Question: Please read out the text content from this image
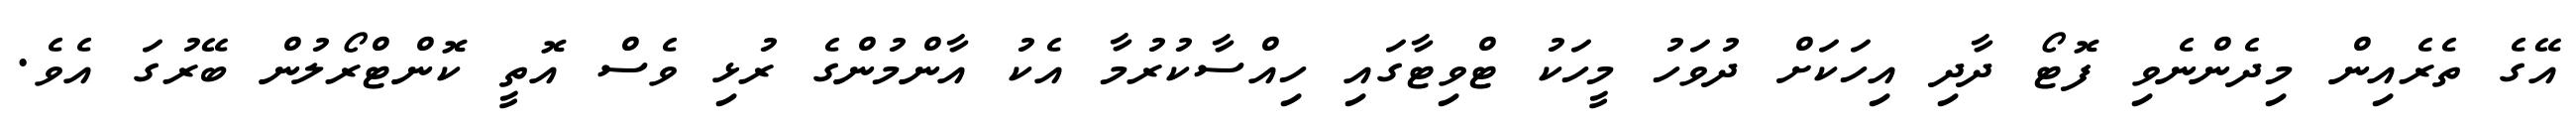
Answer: އޭގެ ތެރެއިން މިދެންނެވި ފޮޓޯ ދާދި އިހަކަށް ދުވަހު މީހަކު ޓްވިޓާގައި ހިއްސާކުރުމާ އެކު އާންމުންގެ ރުޅި ވެސް އޮތީ ކޮންޓްރޯލުން ބޭރުގަ އެވެ.